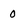
Character: 0